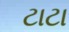
ટાટા